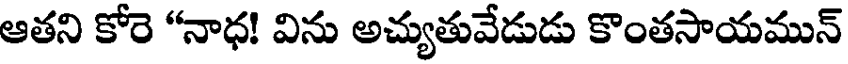
ఆతని కోరె "నాధ! విను అచ్యుతువేడుడు కొంతసాయమున్